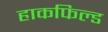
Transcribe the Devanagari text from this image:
हाकफिल्ड